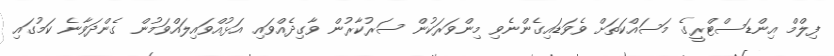
ފިލްމް އިންޑަސްޓްރީގެ މަސައްކަތަށް ވެވަޑައިގެންނެވި މިންވަރަކުން ސަރުކާރުން ވާގިދެއްވައި އަޅުއްވައިލައްވަމުން ގެންދަވާނެ ކަމުގައި